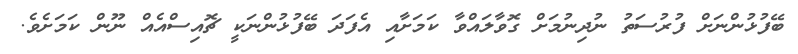
ބޭފުޅުންނަށް ފުރުސަތު ނުދިނުމަށް ގޮވާލައްވާ ކަމަށާއި އެފަދަ ބޭފުޅުންނަކީ ޗޮއިސްއެއް ނޫން ކަމަށެވެ.